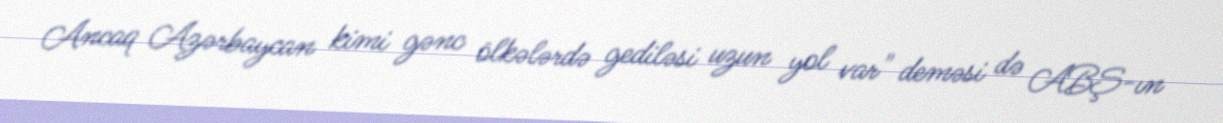
Ancaq Azərbaycan kimi gənc ölkələrdə gediləsi uzun yol var" deməsi də ABŞ-ın